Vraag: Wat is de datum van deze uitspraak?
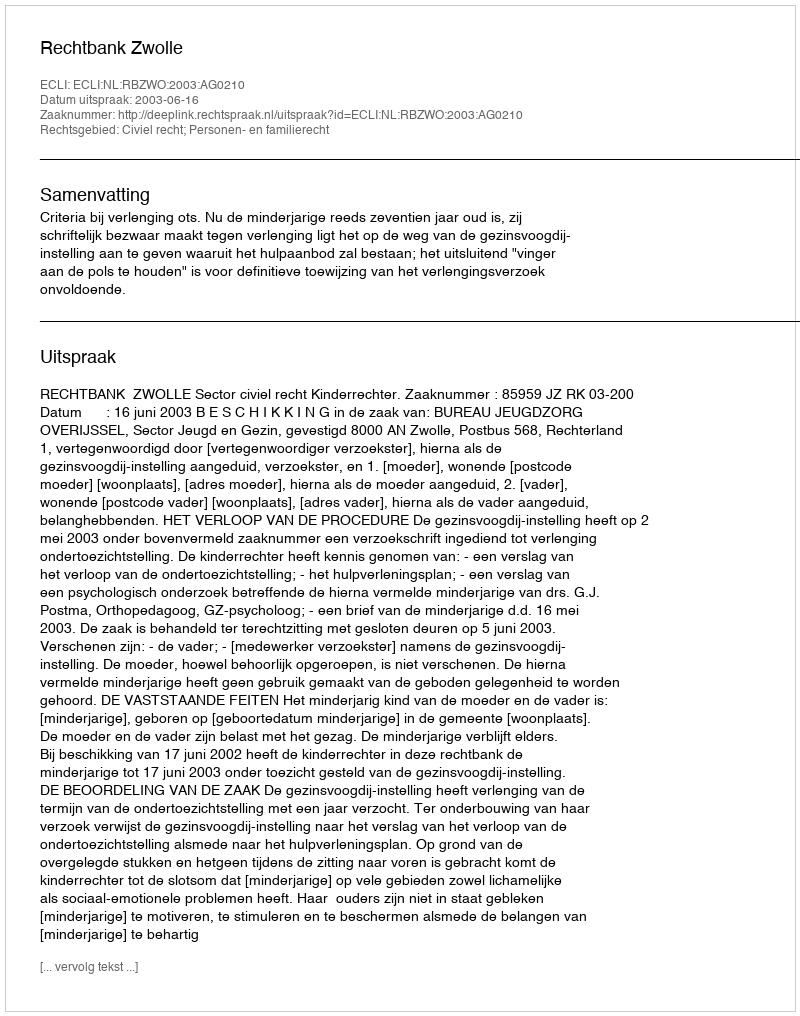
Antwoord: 2003-06-16